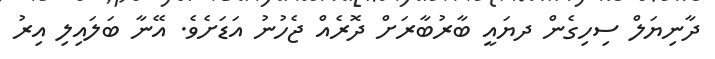
ދާނިޔަލް ސިހިގެން ދޔައީ ބާރުބާރަށް ދޮރެއް ޖެހުނު އަޑަށެވެ. އޭނާ ބަލައިލި އިރު